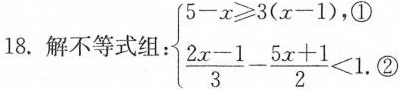
18.解不等式 \left\{ \begin{matrix} 5-x \geq 3(x-1),① \\ \frac{2x-1}{3}- \frac{5x+1}{2}<1.②\end{matrix} \right.